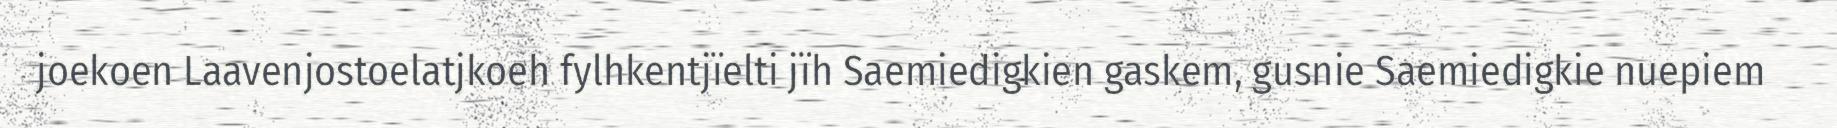
joekoen Laavenjostoelatjkoeh fylhkentjïelti jïh Saemiedigkien gaskem, gusnie Saemiedigkie nuepiem